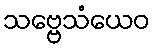
သဗ္ဗေသံယေဝ